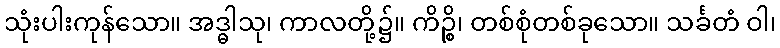
သုံးပါးကုန်သော။ အဒ္ဓါသု၊ ကာလတို့၌။ ကိဉ္စိ၊ တစ်စုံတစ်ခုသော။ သင်္ခတံ ဝါ၊